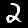
Label: 2